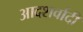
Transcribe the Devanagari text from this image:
आदशर्वादी